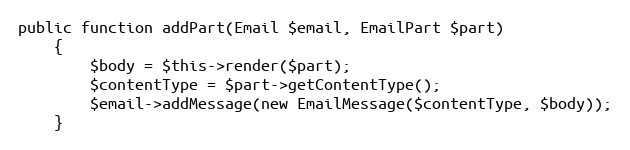
Language: PHP
public function addPart(Email $email, EmailPart $part)
    {
        $body = $this->render($part);
        $contentType = $part->getContentType();
        $email->addMessage(new EmailMessage($contentType, $body));
    }